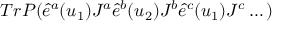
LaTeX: T r P ( \hat { e } ^ { a } ( u _ { 1 } ) J ^ { a } \hat { e } ^ { b } ( u _ { 2 } ) J ^ { b } \hat { e } ^ { c } ( u _ { 1 } ) J ^ { c } \dots )